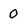
Character: 0